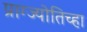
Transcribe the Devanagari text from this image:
प्राग्ज्योतिच्हा